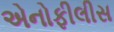
એનોફીલીસ